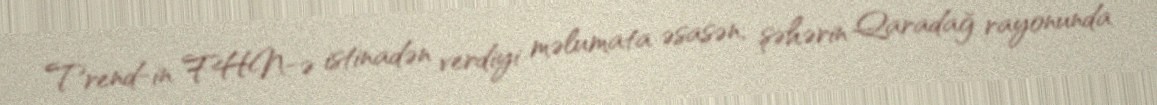
Trend-in FHN-ə istinadən verdiyi məlumata əsasən, şəhərin Qaradağ rayonunda